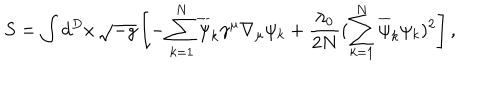
S = \int d ^ { D } x \, \sqrt { - g } \left[ - \sum _ { k = 1 } ^ { N } \overline { { { \psi } } } _ { k } \gamma ^ { \mu } \nabla _ { \mu } \psi _ { k } + \frac { \lambda _ { 0 } } { 2 N } ( \sum _ { k = 1 } ^ { N } \overline { { { \psi } } } _ { k } \psi _ { k } ) ^ { 2 } \right] ,